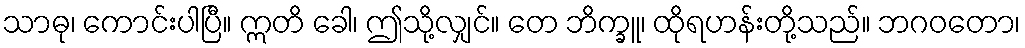
သာဓု၊ ကောင်းပါပြီ။ ဣတိ ခေါ၊ ဤသို့လျှင်။ တေ ဘိက္ခူ၊ ထိုရဟန်းတို့သည်။ ဘဂဝတော၊